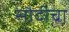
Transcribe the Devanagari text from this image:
सौदीचा